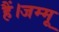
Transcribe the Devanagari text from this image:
हैं।जम्मू